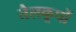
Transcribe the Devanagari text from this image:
तैलकूपों